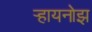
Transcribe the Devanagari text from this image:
र्‍हायनोझ